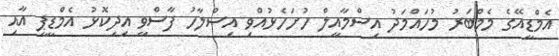
އެމްޑީއޭގެ މެމްބަރު މުހައްމަދު އިސްމާއީލް ހުށަހެޅުއްވި އިސްލާހު ފާސްވީ އިދިކޮޅު އެމްޑީޕީ އާއި